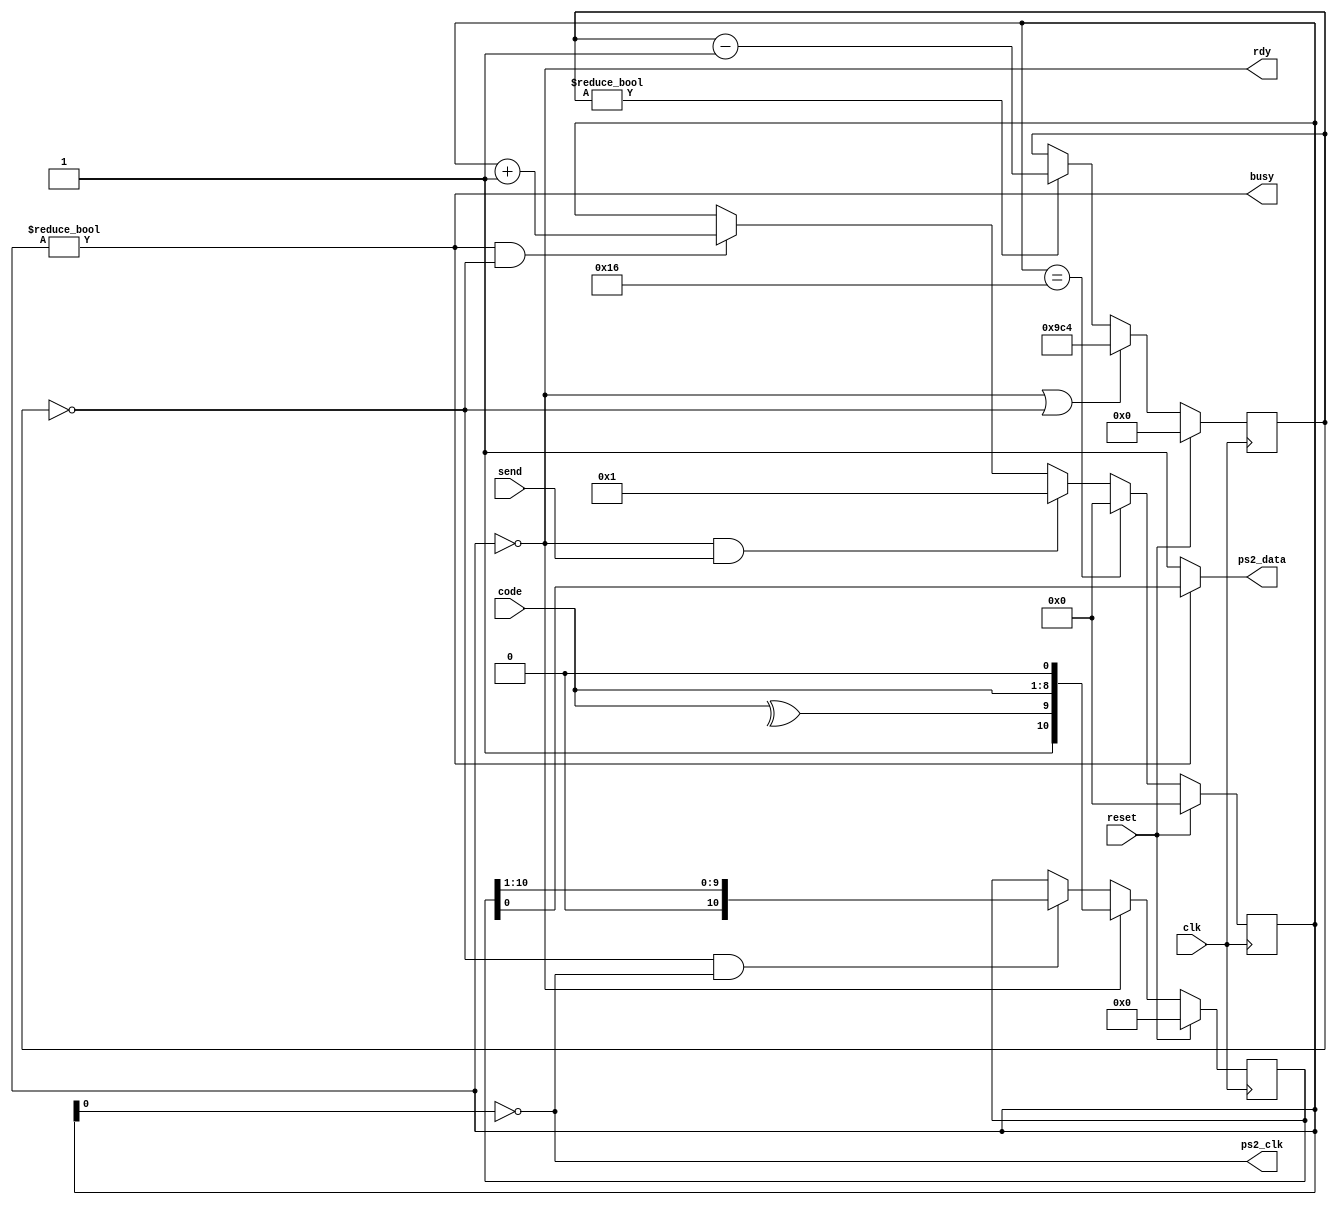
// ps2_send.v

/*
 * send bytes on ps/2 clock & data lines
 *
 * uses counter as a state machine; clocks 11 bits out,
 * start + data + parity + stop
 */

module ps2_send(clk,		// main clock
		reset,		// asynchronous reset
		ps2_clk,	// clock out
		ps2_data,	// data out
		send,
		code,		// byte to send
		busy,		// busy sending scancode
		rdy		// ready pulse
		);
   
   input clk, reset;
   input [7:0] code;
   input       send;
   output      busy;
   output      rdy;

   output      ps2_clk;
   output      ps2_data;

`ifdef null
   assign ps2_clk = 0;
   assign ps2_data = 0;
`else
   parameter FREQ = 25000; // frequency of the main clock (KHz)
   parameter PS2_FREQ = 10;  // keyboard clock frequency (KHz)
   parameter DELAY = FREQ / PS2_FREQ;  // ps2_clk quiet timeout

   reg [4:0] state;
   reg [15:0] delay;
   reg [10:0] ps2_out;

   wire       delay_done;
   wire       parity;
   
   assign     delay_done = delay == 0;
   assign     parity = ^code;
   
   always @(posedge clk)
     if (reset)
       delay <= 0;
     else
       delay <=
	       (state == 0 || delay_done) ? DELAY :
	       (delay != 0) ? delay - 1 :	       
	       delay;
   
   always @(posedge clk)
     if (reset)
       state <= 0;
     else
       state <=
	       (state == 22) ? 0 :
	       (state == 0 && send) ? 1 :
	       (state != 0 && delay_done) ? state + 1 :
		state;

   assign busy = state != 0;
   assign rdy = state == 0;
   
   assign ps2_clk = ~state[0];

   always @(posedge clk)
     if (reset)
       ps2_out <= 0;
     else
       if (state == 0)
	 ps2_out <= { 1'b1, parity, code, 1'b0 };
       else
	 if (delay_done && ~state[0])
	   ps2_out <= { 1'b0, ps2_out[10:1] };

   assign ps2_data = state ? ps2_out[0] : 1'b1;
   
`endif

endmodule